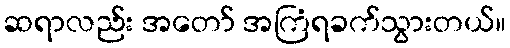
ဆရာလည်း အတော် အကြံရခက်သွားတယ်။